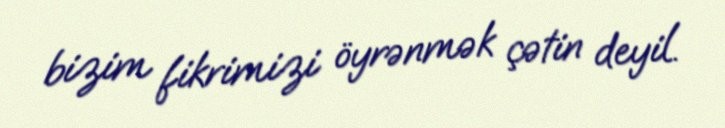
bizim fikrimizi öyrənmək çətin deyil.